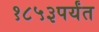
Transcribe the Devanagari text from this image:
१८५३पर्यंत